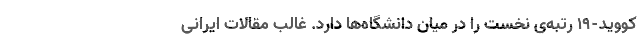
کووید-۱۹ رتبه‌ی نخست را در میان دانشگاه‌ها دارد. غالب مقالات ایرانی